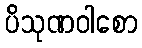
ပိသုဏဝါစော